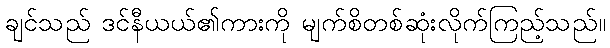
ချင်သည် ဒင်နီယယ်၏ကားကို မျက်စိတစ်ဆုံးလိုက်ကြည့်သည်။